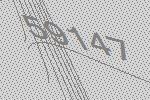
59147